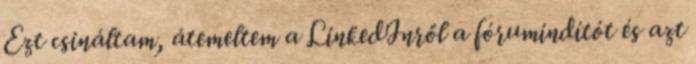
Ezt csináltam, átemeltem a LinkedInről a fórumindítót és azt